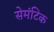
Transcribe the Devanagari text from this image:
सेमंटिक